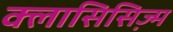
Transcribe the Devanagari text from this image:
क्लासिसिज्म़